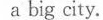
a big city.